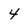
Character: 4